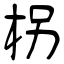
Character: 柺